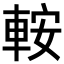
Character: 𨋴